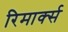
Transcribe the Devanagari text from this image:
रिमार्क्स